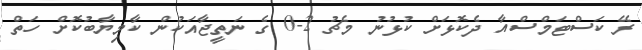
ރޭ ކަސްޓަމްސްއާ ދެކޮޅަށް ކުޅުނު މެޗު 2-0 ގެ ނަތީޖާއަކުން ކާމިޔާބުކޮށް ހަތް